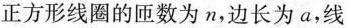
正方形线圈的匝数为n，边长为a，线